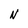
Character: N